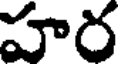
హర